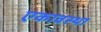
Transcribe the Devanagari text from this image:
एकावस्था